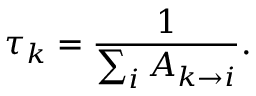
\tau _ { k } = \frac { 1 } { \sum _ { i } { A _ { k \rightarrow i } } } .